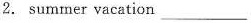
2. summer vacation___